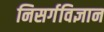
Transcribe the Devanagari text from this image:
निसर्गविज्ञान